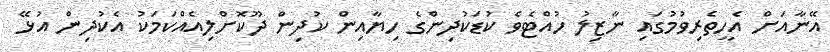
އޭނާއަށް އެހީތެރިވުމުގައި ނާޒިލު ހުއްޓެވެ ކުޑަކުދިންގެ ހިޔާއިން ކުދިން ދޫކޮށްލިއެއްކަމަކު އެކުދިން އުޅޭ